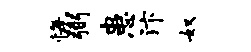
悔弼患汴奴